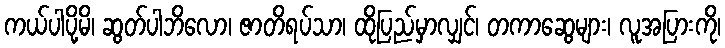
ကယ်ပါပို့မိ၊ ဆွတ်ပါဘိလော၊ ဇာတိရပ်သာ၊ ထိုပြည်မှာလျှင်၊ တကာဆွေများ၊ လူအပြားကို၊